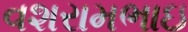
વશરામભાઇ